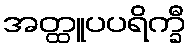
အတ္ထူပပရိက္ခီ